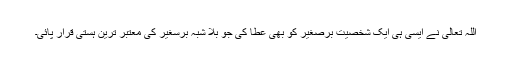
اللہ تعالی نے ایسی ہی ایک شخصیت برصغیر کو بھی عطا کی جو بلا شبہ برسغیر کی معتبر ترین ہستی قرار پائی۔